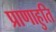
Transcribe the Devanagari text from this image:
प्राणाहुति